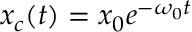
x _ { c } ( t ) = x _ { 0 } e ^ { - \omega _ { 0 } t }